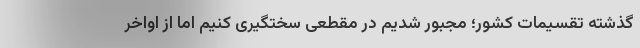
گذشته تقسیمات کشور؛ مجبور شدیم در مقطعی سختگیری کنیم اما از اواخر